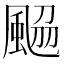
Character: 𩗅